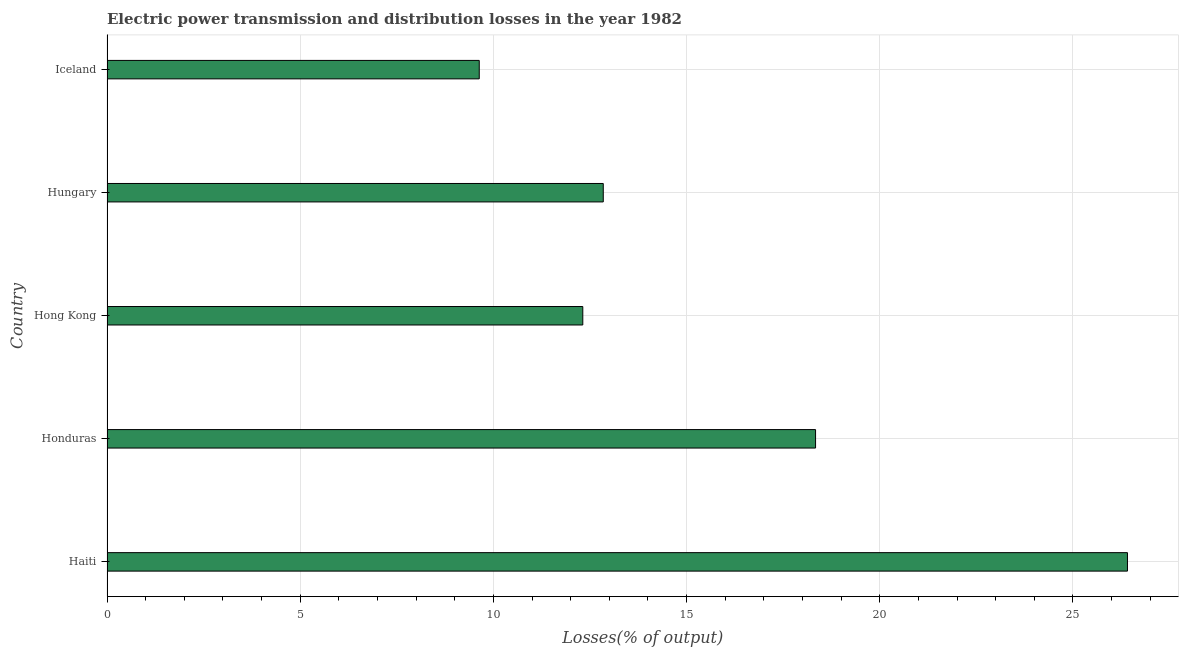
| Country | Electric power transmission and distribution losses |
 | --- | --- |
 | Haiti | 26.4 |
 | Honduras | 18.3 |
 | Hong Kong | 12.3 |
 | Hungary | 12.8 |
 | Iceland | 9.63 |